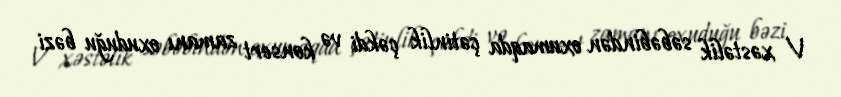
V xəstəlik səbəbindən oxumaqda çətinlik çəkdi və konsert zamanı oxuduğu bəzi